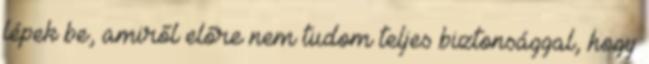
lépek be, amiről előre nem tudom teljes bizton­ság­gal, hogy